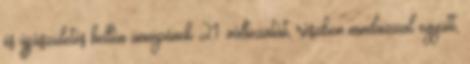
és újjászületés hellén ünnepének 21. változatát, részben mindazzal együtt,